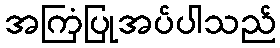
အကြံပြုအပ်ပါသည်